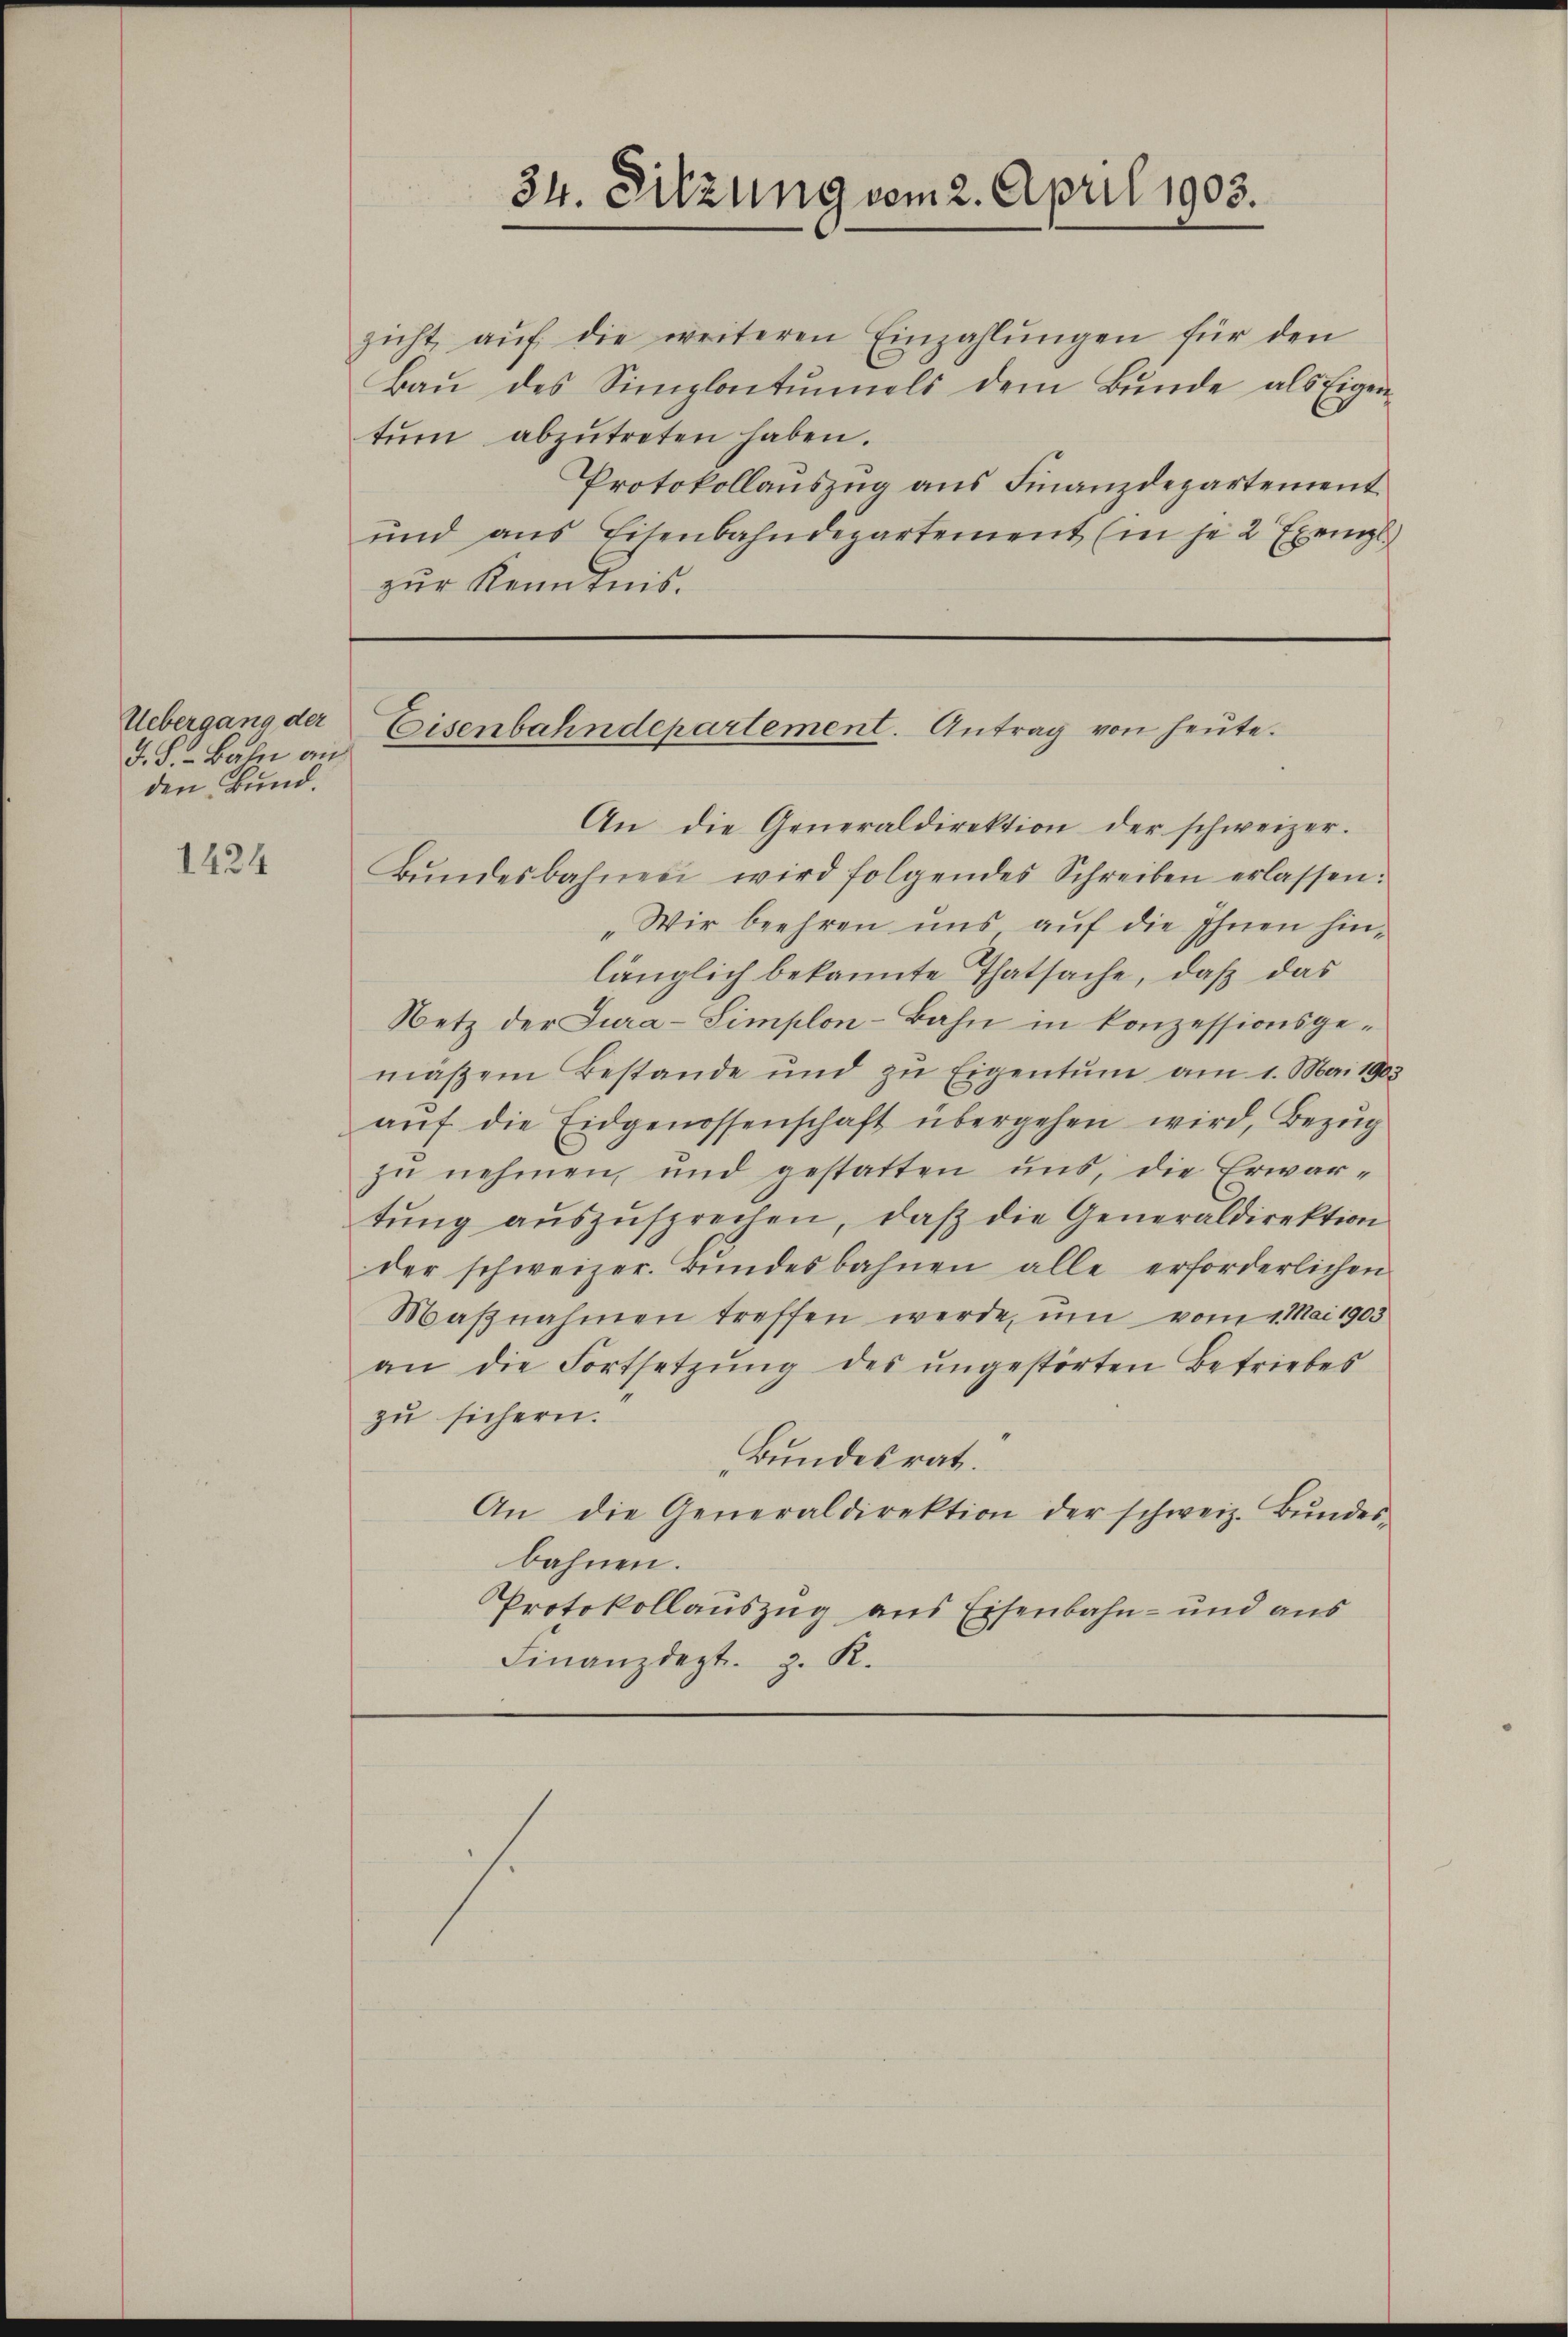
Uebergang der
J. J. Baln an
den Bund.

1424

zicht aŭf die weiteren Einzahlŭngen für den
Baŭ des Simplontŭnels dem Bŭnde als Eigen-
tŭm abzŭtreten haben.
Protokollauszug aus Finanzdepartement
und ans Eisenbahndepartement (in je 2 Exempl.
zur Kenntnis.

Eisenbahndepartement. Antrag von heute.

34. Sitzung vom 2. April 1903.

An die Generaldirektion der schweizer.
Bŭndesbahnen wird folgendes Schreiben erlassen:
„Wir beehren uns auf die Ihnen hin-
länglich bekannte Thatsache, daß das
Netz der Jura-Simplon-Bahn in konzessionsgemäßen Bestande und zu Eigentum am 1. Mai 1903
auf die Eidgenossenschaft übergehen wird, Bezug
zu nehmen, und gestatten uns, die Erwartŭng aŭszŭsprechen, daβ die Generaldirektion
der schweizer. Bŭndesbahnen alle erforderlichen
Maβnahmen treffen werde, um vom 1. Mai 1903
an die Fortsetzŭng des ŭngestörten Betriebes
zu sichern.
Bundesrat.
An die Generaldirektion der schweiz. Bŭndes-
bahnen.
Protokollauszug aus Eisenbahn- und aus
Finanzdept. J. R.